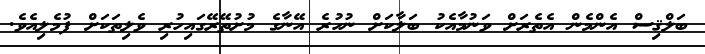
ބަލްޤިސް އެންމެން އެތެރަށް ވަނުމާއެކު ބަލާކަށް ނުހުރެ އޭނާގެ މުށުތޭރޭގައިހުރި ވެލިތަކަށް ފުމެލިއެވެ.